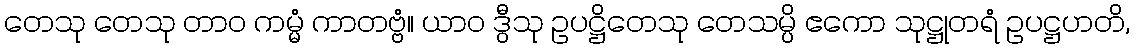
တေသု တေသု တာဝ ကမ္မံ ကာတဗ္ဗံ။ ယာဝ ဒွီသု ဥပဋ္ဌိတေသု တေသမ္ပိ ဧကော သုဋ္ဌုတရံ ဥပဋ္ဌဟတိ,